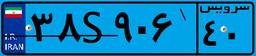
۳۳S۵۰۲۳۱